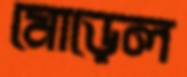
মোড়েল